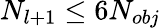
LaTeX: N_{l+1}\le 6N_{obj}